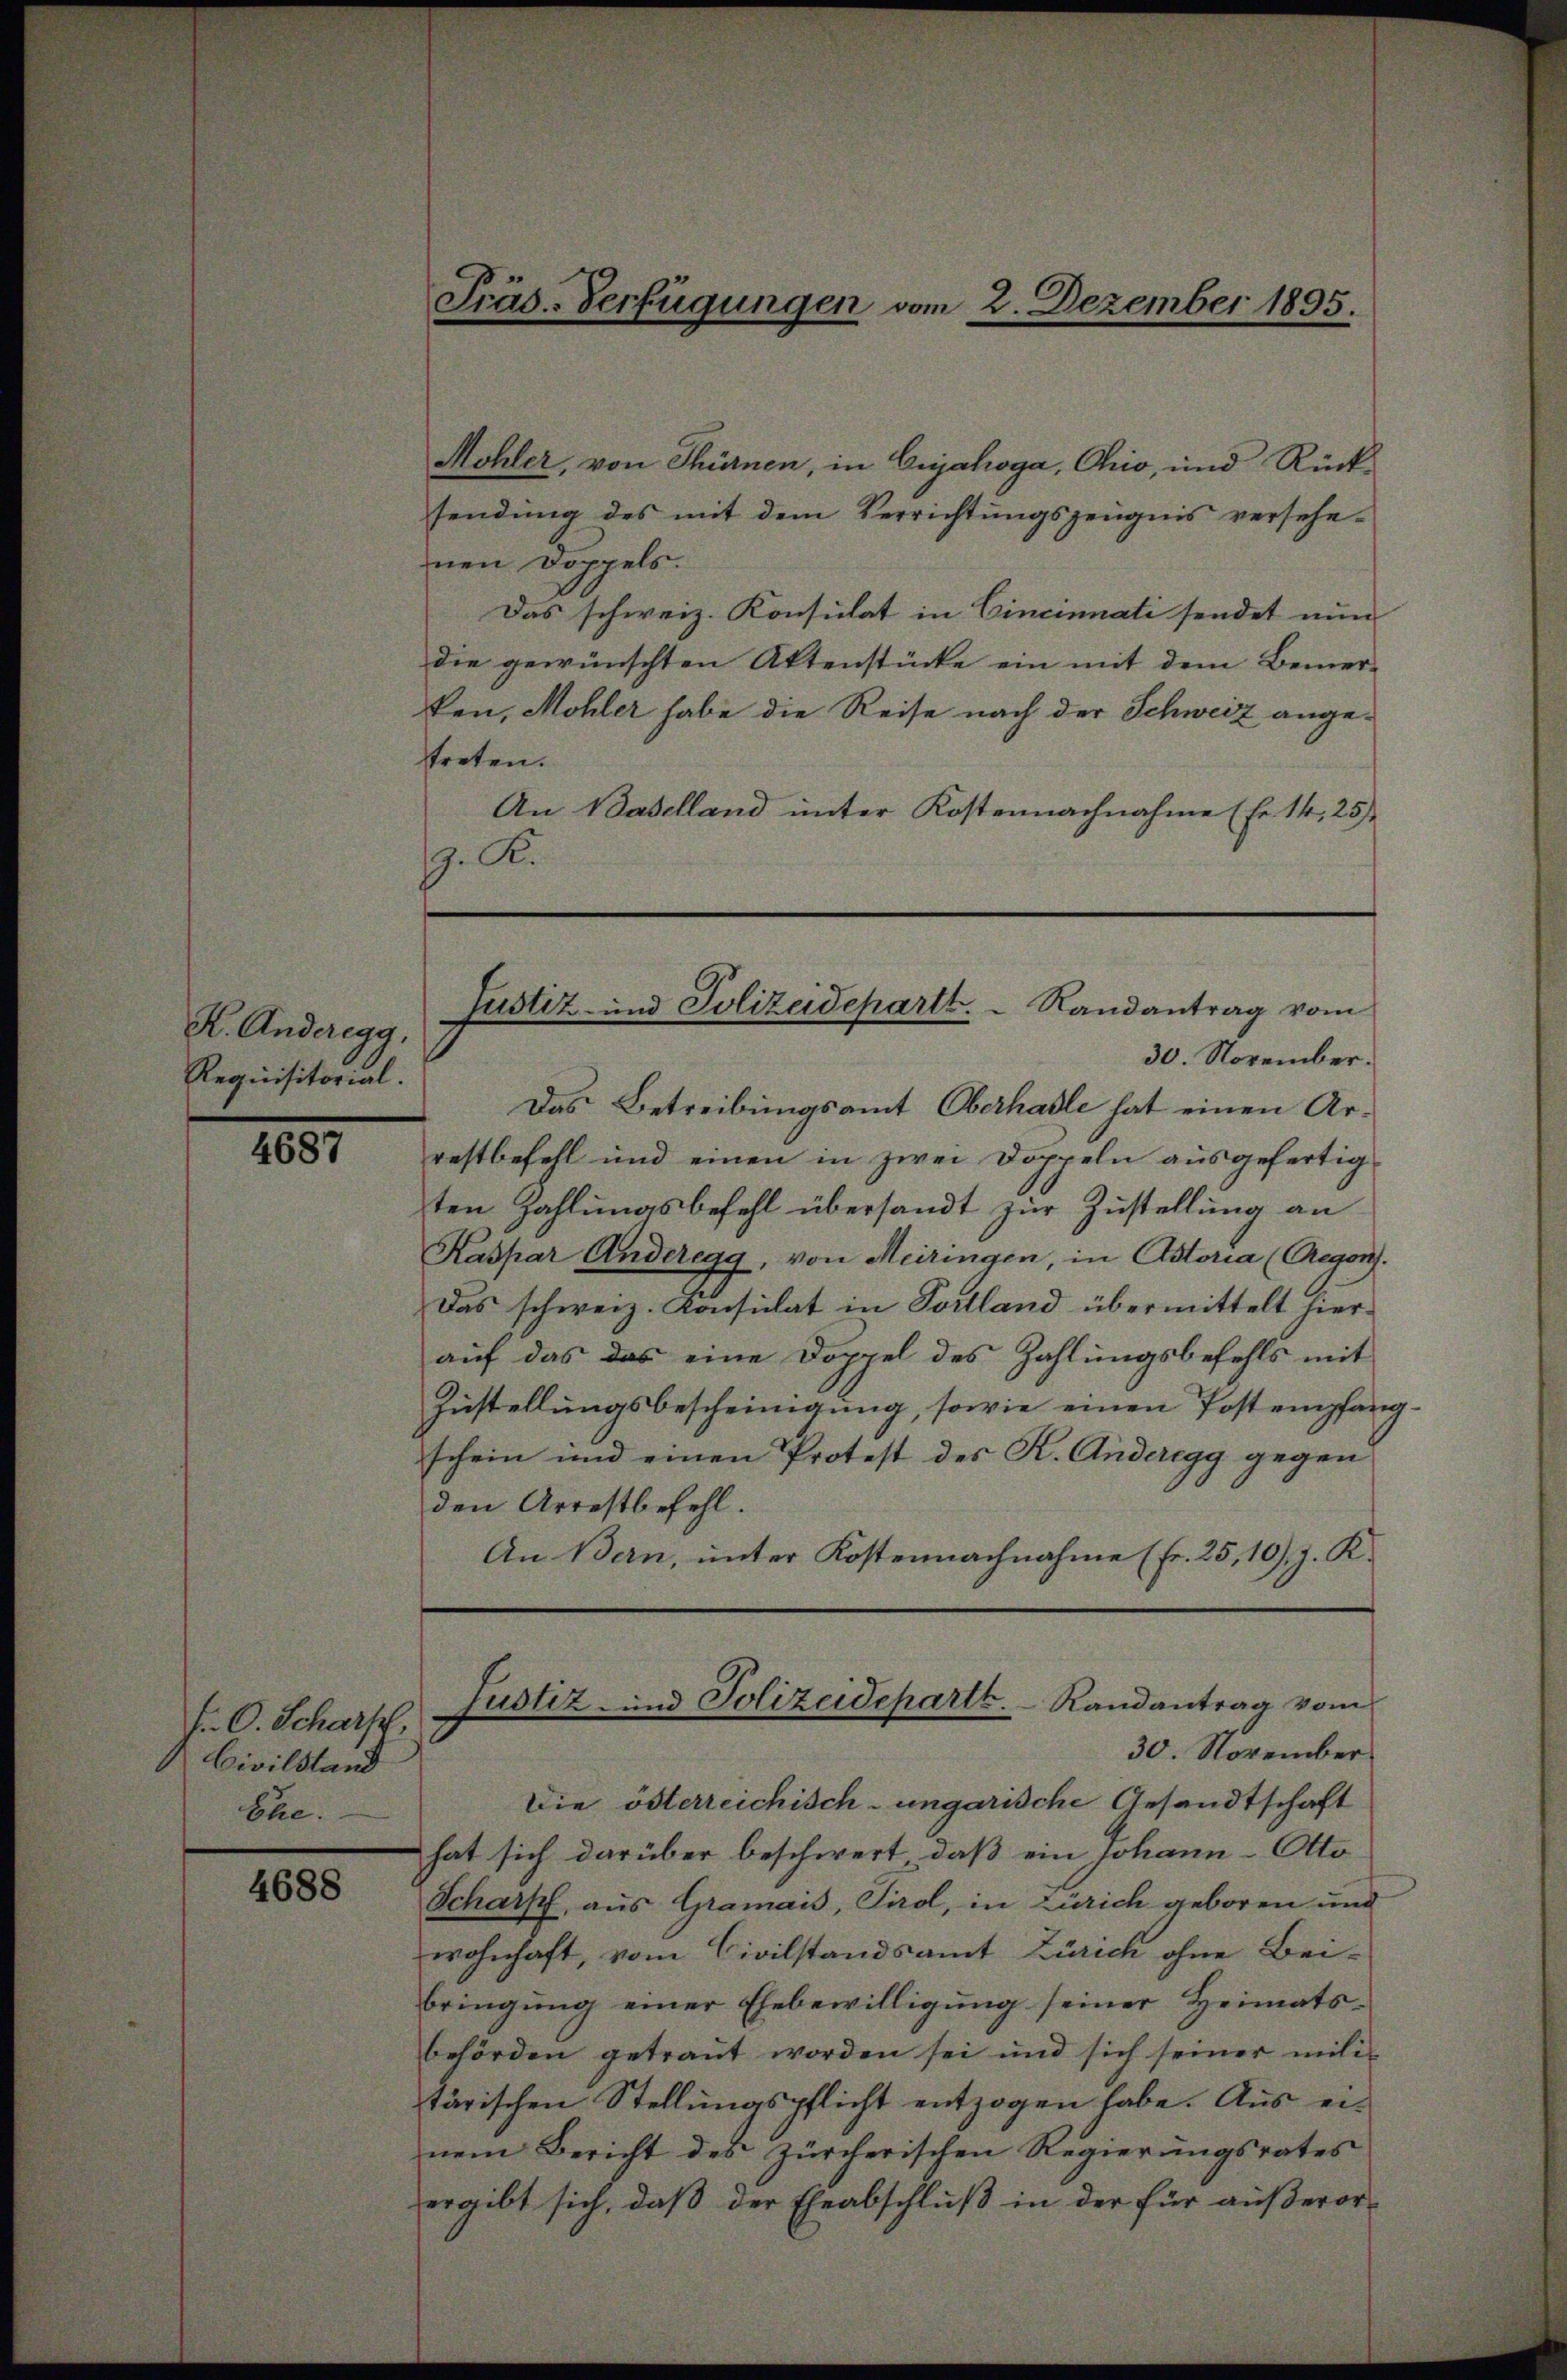
K. Anderegg,
Requisitorial.

4687

f. C. Scharf
Civilstand
Ehe.

4688

Präs.-Verfügungen vom 2. Dezember 1895.

Mohler, von Thürnen, in Crjahoga, Ohio, und Rücksendung des mit dem Verrichtungszeugnis versehe-
inen Doppels.
Das schweiz. Konsulat in Cincinnati sendet nun
die gewünschten Aktenstücke ein mit dem Bemer-
ken, Möhler habe die Reise nach der Schweiz angetreten.
An Baselland unter Kostennachnahme (Er 14, 25
J. K.
Das Betreibungsamt Oberhasle hat einen Arrestbefell und einen in zwei Doppeln ausgefertig
ten Zahlungsbefehl übersandt zur Zustellung an
Kaspar Anderegg, von Meiringen, in Astoria (Regen.
Das schweiz. Konsulat in Portland übermittelt hierauf das das eine Doppel des Zahlungsbefehls mit
Zustellungsbescheinigung, sowie einen Post empfangschein und einen Protest des K. Anderegg gegen
den Arrestbefehl.
An Bern, unter Kostennachnahme (Fr. 25, 10). J. K.
Justiz- und Polizeideparte.   Randantrag vom
30. November
Die österreichisch-ungarische Gesandtschaft
hat sich darüber beschwert, daß ein Johann-Otto
Scharf, aus Gramais, Tirol, in Zürich geboren und
wohnhaft, vom Civilstandsamt Zürich ohne Bei-
bringung einer Ehebewilligung seiner Heimatsbehörden getraut worden sei und sich seiner mili
tärischen Stellungspflicht entzogen habe. Aus einem Bericht des Zürcherischen Regierungsrates
ergibt sich, daß der Eheabschluß in der für außeror¬

Justiz- und Polizeidepartt.  Randantrag vom
30. November.